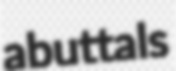
abuttals